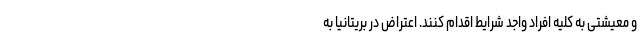
و معیشتی به کلیه افراد واجد شرایط اقدام کنند. اعتراض در بریتانیا به